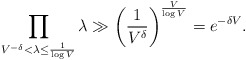
\begin{align*} \prod_{V^{-\delta} < \lambda \leq \frac{1}{\log V}} \lambda \gg \left( \frac{1}{V^\delta } \right)^{\frac{V}{\log V}} = e^{-\delta V}.\end{align*}